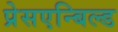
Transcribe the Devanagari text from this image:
प्रेसएन्बिल्ड